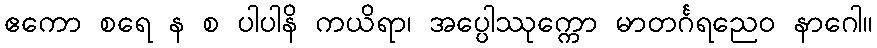
ဧကော စရေ န စ ပါပါနိ ကယိရာ၊ အပ္ပေါဿုက္ကော မာတင်္ဂရညေဝ နာဂေါ။